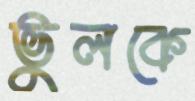
ভুলকে